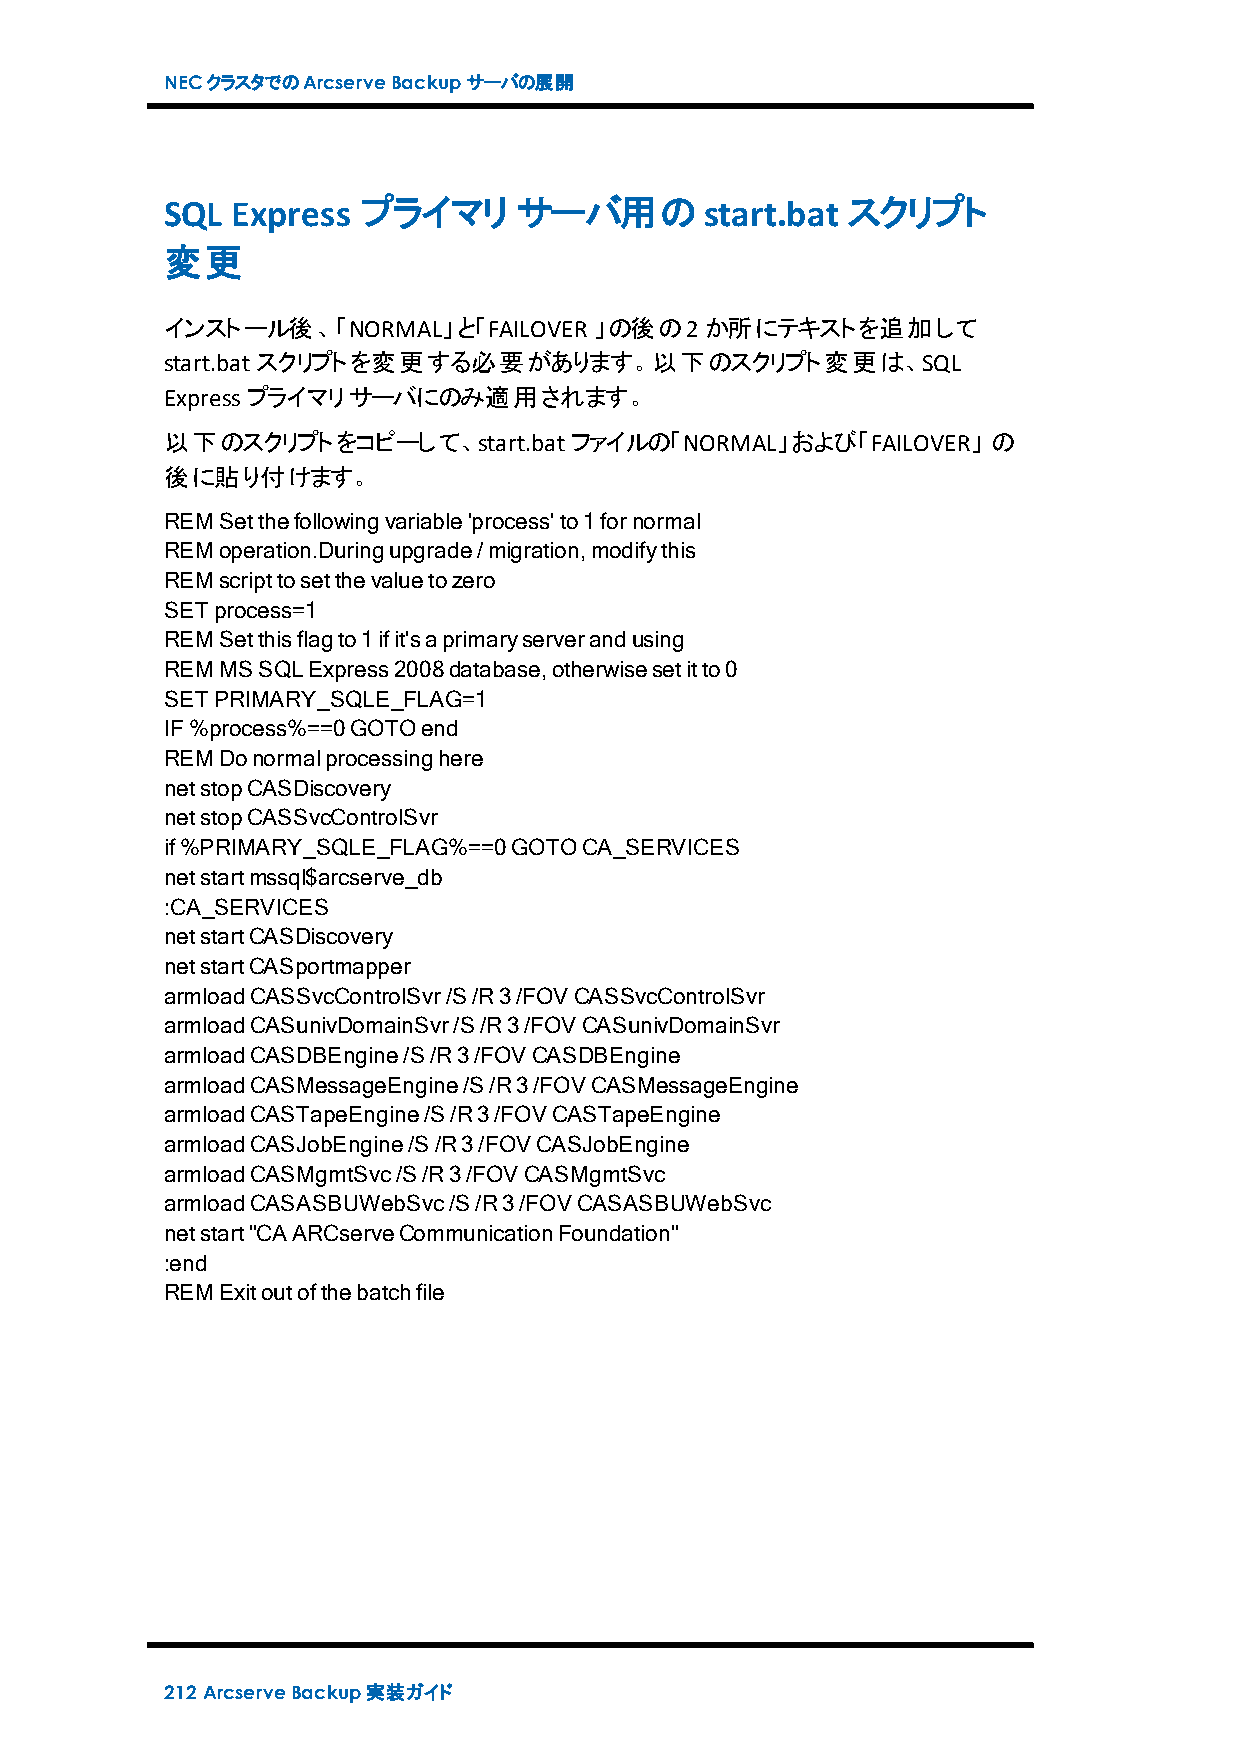
NECクラスタでのArcserveBackupサーバの展開
 SQL Express  プライマリ     サーバ用のstart.bat        スクリプト
 変更
 インストール後、「NORMAL」と「FAILOVER  」の後の2か所にテキストを追加して
 start.batスクリプトを変更する必要があります。以下のスクリプト変更は、SQL
 Expressプライマリサーバにのみ適用されます。
 以下のスクリプトをコピーして、start.batファイルの「NORMAL」および「FAILOVER」     の
 後に貼り付けます。
 REMSetthefollowingvariable'process'to1fornormal
 REMoperation.Duringupgrade/migration,modifythis
 REMscripttosetthevaluetozero
 SETprocess=1
 REMSetthisflagto1ifit'saprimaryserverandusing
 REMMSSQLExpress2008database,otherwisesetitto0
 SETPRIMARY_SQLE_FLAG=1
 IF%process%==0GOTOend
 REMDonormalprocessinghere
 netstopCASDiscovery
 netstopCASSvcControlSvr
 if%PRIMARY_SQLE_FLAG%==0GOTOCA_SERVICES
 netstartmssql$arcserve_db
 :CA_SERVICES
 netstartCASDiscovery
 netstartCASportmapper
 armloadCASSvcControlSvr/S/R3/FOVCASSvcControlSvr
 armloadCASunivDomainSvr/S/R3/FOVCASunivDomainSvr
 armloadCASDBEngine/S/R3/FOVCASDBEngine
 armloadCASMessageEngine/S/R3/FOVCASMessageEngine
 armloadCASTapeEngine/S/R3/FOVCASTapeEngine
 armloadCASJobEngine/S/R3/FOVCASJobEngine
 armloadCASMgmtSvc/S/R3/FOVCASMgmtSvc
 armloadCASASBUWebSvc/S/R3/FOVCASASBUWebSvc
 netstart"CAARCserveCommunicationFoundation"
 :end
 REMExitoutofthebatchfile
 212 ArcserveBackup実装ガイド